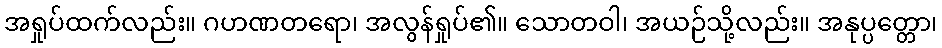
အရှုပ်ထက်လည်း။ ဂဟဏတရော၊ အလွန်ရှုပ်၏။ သောတဝါ၊ အယဉ်သို့လည်း။ အနုပ္ပတ္တော၊